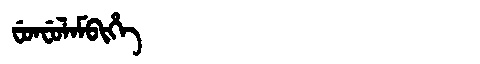
Manchu: ᠸᡠᠨᠸᡠᠯᠠᠮᠪᡳᡥᡝ
Romanization: FUNFULAMBIHE